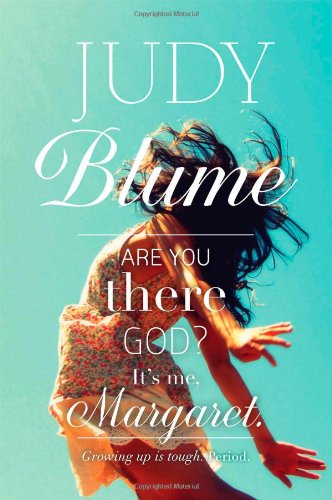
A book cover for Are You There God? It's Me, Margaret. (Richard Jackson Book); Judy Blume; Teen & Young Adult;